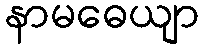
နာမဓေယျာ